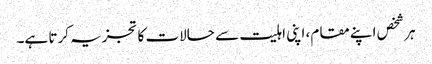
ہر شخص اپنے مقام، اپنی اہلیت سے حالات کا تجزیہ کرتا ہے۔